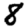
Digit: 8